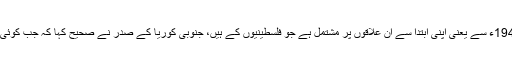
آج جسے بین الاقوامی طور پر اسرائیل کہا جاتا ہے، 1948ء سے یعنی اپنی ابتدا سے ان علاقوں پر مشتمل ہے جو فلسطینیوں کے ہیں، جنوبی کوریا کے صدر نے صحیح کہا کہ جب کوئی ملک ہی نہیں تو اس کا دارالحکومت کیسے ہوسکتا ہے۔